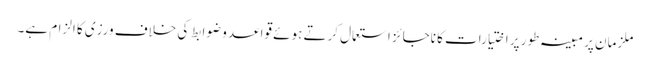
ملزمان پر مبینہ طور پر اختیارات کا ناجائز استعمال کرتے ہوئے قواعد و ضوابط کی خلاف ورزی کا الزام ہے۔